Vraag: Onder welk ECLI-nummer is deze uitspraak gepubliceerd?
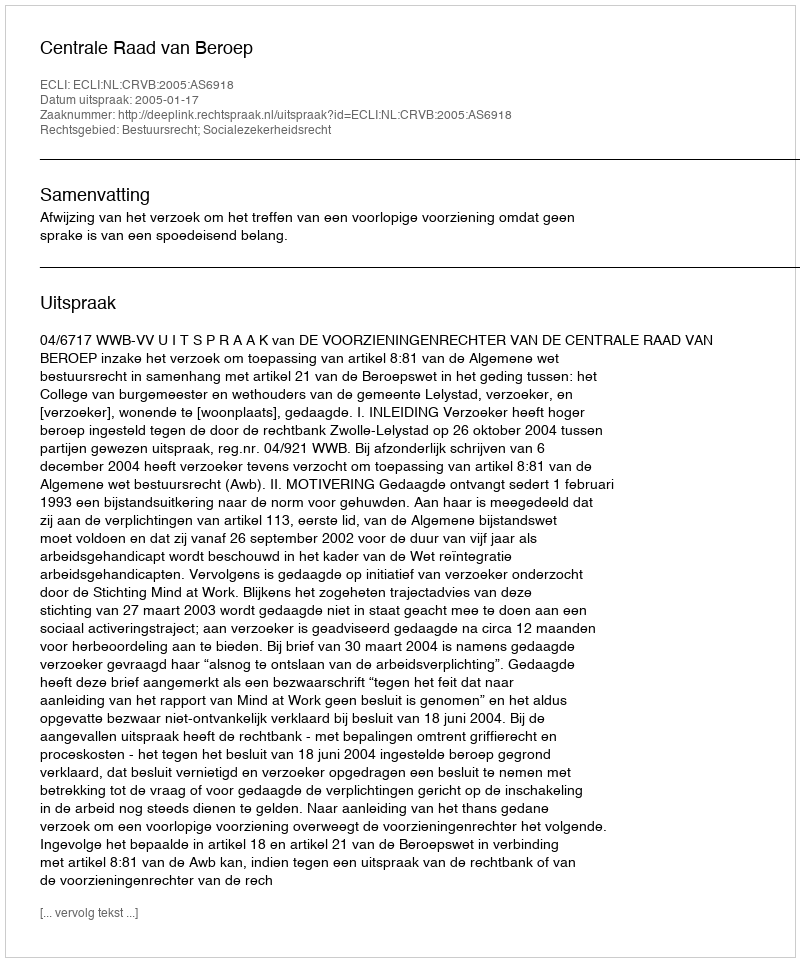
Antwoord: ECLI:NL:CRVB:2005:AS6918